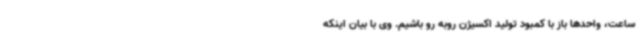
ساعت، واحدها باز با کمبود تولید اکسیژن روبه رو باشیم. وی با بیان اینکه